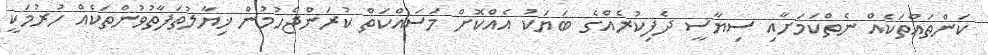
ކަންތައްތަކެއް ނެތްކަމަށާއި ސިޔާސީ ދެފިކުރެއްގެ ބަޔަކު އެއްކޮށް މަސައްކަތް ކުރަންޖެހުމުން ޚިޔާލުތަފާތުވުންތަކެއް ހުރުމަކީ